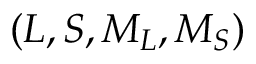
( L , S , { M } _ { L } , { M } _ { S } )